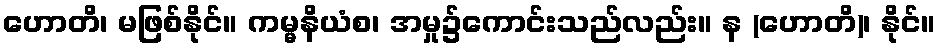
ဟောတိ၊ မဖြစ်နိုင်။ ကမ္မနိယံစ၊ အမှု၌ကောင်းသည်လည်း။ န (ဟောတိ)၊ နိုင်။